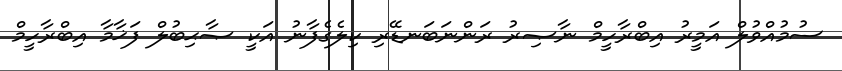
ސުމުއްވުލް އަމީރު އިބްރާހީމް ނާޞިރު ރަންނަބަނޑޭރި ކިލެގެފާނު އަކީ ޞާޙިބުލް ފަޚާމާ އިބްރާހީމް